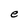
Character: e